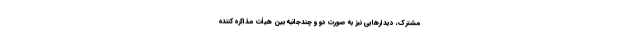
مشترک، دیدارهایی نیز به صورت دو و چندجانبه بین هیأت مذاکره‌ کننده